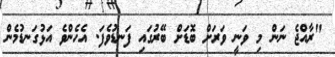
"ރާއްޖެ ނަން މި ވަނީ ވަރަށް ބޮޑަށް ބޭރުގައި ފަނޑުވެފަ. އެހެންވެ އަޅުގަނޑުމެން